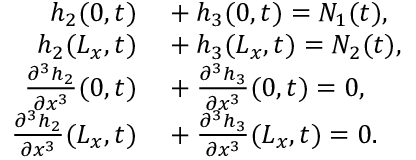
\begin{array} { r l } { h _ { 2 } ( 0 , t ) } & { { } + h _ { 3 } ( 0 , t ) = N _ { 1 } ( t ) , } \\ { h _ { 2 } ( L _ { x } , t ) } & { { } + h _ { 3 } ( L _ { x } , t ) = N _ { 2 } ( t ) , } \\ { \frac { \partial ^ { 3 } h _ { 2 } } { \partial x ^ { 3 } } ( 0 , t ) } & { { } + \frac { \partial ^ { 3 } h _ { 3 } } { \partial x ^ { 3 } } ( 0 , t ) = 0 , } \\ { \frac { \partial ^ { 3 } h _ { 2 } } { \partial x ^ { 3 } } ( L _ { x } , t ) } & { { } + \frac { \partial ^ { 3 } h _ { 3 } } { \partial x ^ { 3 } } ( L _ { x } , t ) = 0 . } \end{array}